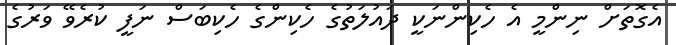
އެގޮތަށް ނިންމީ އެ ހެކިންނަކީ ދައުލަތުގެ ހެކިންގެ ހެކިބަސް ނަފީ ކުރެވޭ ވަރުގެ